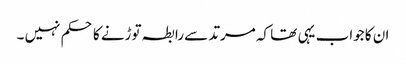
ان کا جواب یہی تھا کہ مرتد سے رابطہ توڑنے کا حکم نہیں ۔